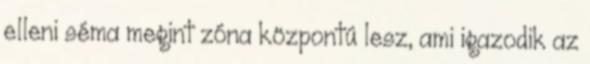
elleni séma megint zóna központú lesz, ami igazodik az